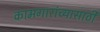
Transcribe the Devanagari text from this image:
कामगारांच्यासाठी